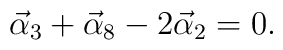
\vec\alpha_3+\vec\alpha_8-2\vec\alpha_2=0.